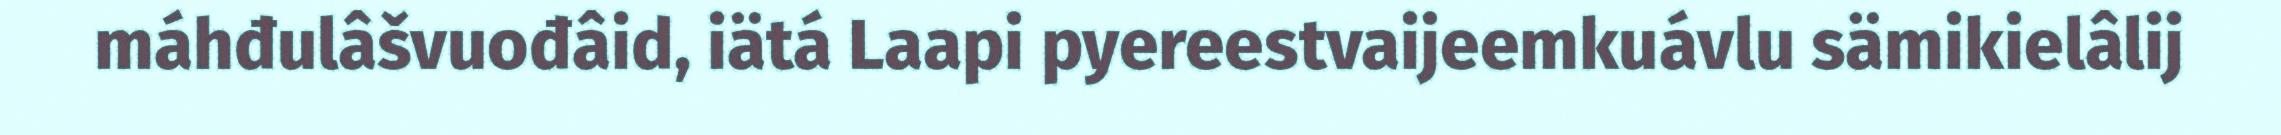
máhđulâšvuođâid, iätá Laapi pyereestvaijeemkuávlu sämikielâlij